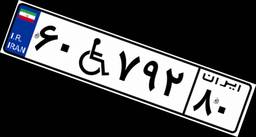
۱۲W۶۶۶۸۰